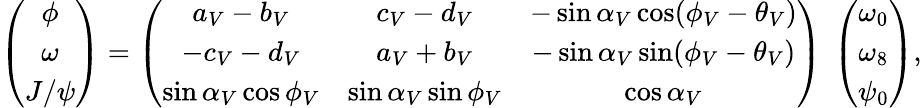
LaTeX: \left(\begin{array}{c}{{\phi}}\\ {{\omega}}\\ {{J/\psi}}\end{array}\right)=\left(\begin{array}{ccc}{{a_{V}-b_{V}}}&{{c_{V}-d_{V}}}&{{-\sin\alpha_{V}\cos(\phi_{V}-\theta_{V})}}\\ {{-c_{V}-d_{V}}}&{{a_{V}+b_{V}}}&{{-\sin\alpha_{V}\sin(\phi_{V}-\theta_{V})}}\\ {{\sin\alpha_{V}\cos\phi_{V}}}&{{\sin\alpha_{V}\sin\phi_{V}}}&{{\cos\alpha_{V}}}\end{array}\right)~\left(\begin{array}{c}{{\omega_{0}}}\\ {{\omega_{8}}}\\ {{\psi_{0}}}\end{array}\right),